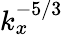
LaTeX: k_{x}^{-5/3}